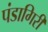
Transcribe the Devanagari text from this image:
पंडागिरी